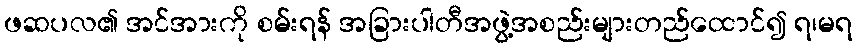
ဖဆပလ၏ အင်အားကို စမ်းရန် အခြားပါတီအဖွဲ့အစည်းများတည်ထောင်၍ ရ၊မရ